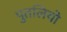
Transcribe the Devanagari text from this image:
पुतलियो